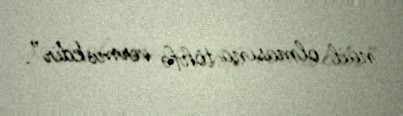
nail olmasına töhfə verməkdir”.